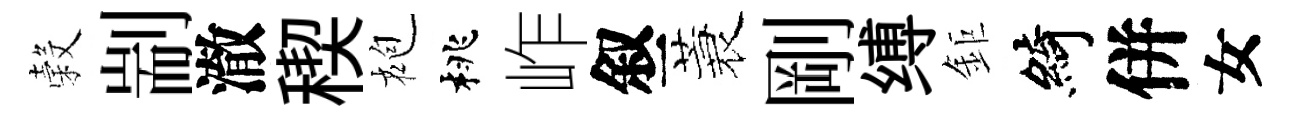
穀剬澈稧袍桃岞叙蓑剛缚鉅綺併女